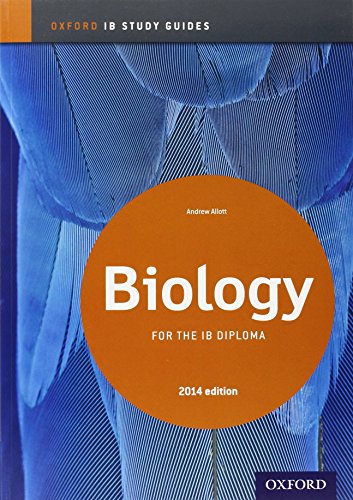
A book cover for IB Biology Study Guide: 2014 edition: Oxford IB Diploma Program; Andrew Allott; Teen & Young Adult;